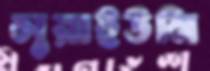
লুয়াইউনি